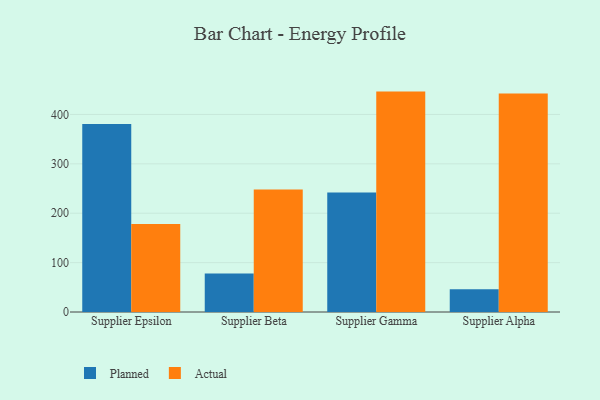
{"axis": {"x": "Supplier", "y": "Gross Profit (USD K)"}, "legend": ["Actual", "Planned"], "data": [{"x": "Supplier Epsilon", "y": 380.6, "type": "Planned"}, {"x": "Supplier Epsilon", "y": 178.2, "type": "Actual"}, {"x": "Supplier Beta", "y": 77.9, "type": "Planned"}, {"x": "Supplier Beta", "y": 248.2, "type": "Actual"}, {"x": "Supplier Gamma", "y": 241.9, "type": "Planned"}, {"x": "Supplier Gamma", "y": 446.3, "type": "Actual"}, {"x": "Supplier Alpha", "y": 46.0, "type": "Planned"}, {"x": "Supplier Alpha", "y": 442.3, "type": "Actual"}]}